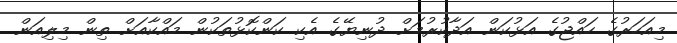
މިއަހަރުގެ ހައްޖުގެ އަޅުކަން އަދާކުރުމަށް ދުނިޔޭގެ އެކި ކަންކޮޅުތަކުން މައްކާއަށް ތިން މިލިއަން